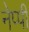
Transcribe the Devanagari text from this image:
नेप्पी